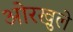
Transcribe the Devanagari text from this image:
ओरखुले